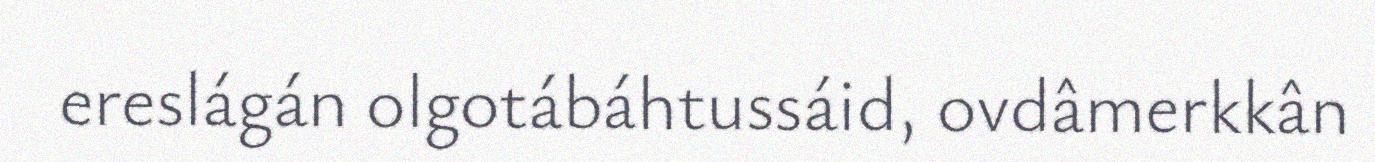
ereslágán olgotábáhtussáid, ovdâmerkkân